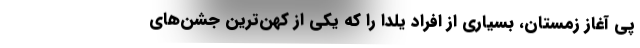
پی آغاز زمستان، بسیاری از افراد یلدا را که یکی از کهن‌ترین جشن‌های